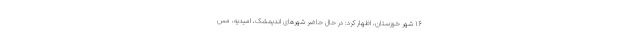
۱۶ شهر خوزستان، اظهار کرد: در حال حاضر شهرهای اندیمشک، امیدیه، مس